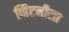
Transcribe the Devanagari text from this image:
व्हिटनीला